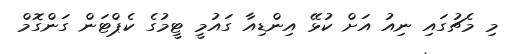
މި މެޗުގައި ނިއު އަށް ކުޅޭ އިންޑިއާ ގައުމީ ޓީމުގެ ކެޕްޓަން ގަންގޮމް